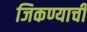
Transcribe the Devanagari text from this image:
जिकण्याची